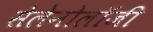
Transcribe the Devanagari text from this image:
सेलेनोलॉजी